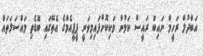
އަބްދުލް ރަހީމް ނައިބު ރައީސް ކަމުން ވަކިކޮށްފައިމިވަނީ ޕީޕީއެމްގެ އެތޭގައި ބޮޑެތި މައްސަލަތައް